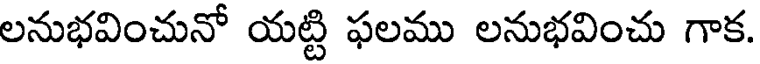
లనుభవించునో యట్టి ఫలము లనుభవించు గాక.